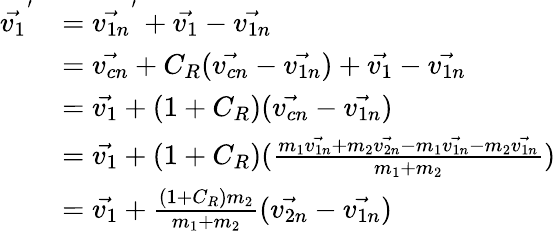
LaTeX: \begin{array}{rl}{\vec{v_{1}}^{'}}&{=\vec{v_{1n}}^{'}+\vec{v_{1}}-\vec{v_{1n}}}\\ &{=\vec{v_{cn}}+C_{R}(\vec{v_{cn}}-\vec{v_{1n}})+\vec{v_{1}}-\vec{v_{1n}}}\\ &{=\vec{v_{1}}+(1+C_{R})(\vec{v_{cn}}-\vec{v_{1n}})}\\ &{=\vec{v_{1}}+(1+C_{R})(\frac{m_{1}\vec{v_{1n}}+m_{2}\vec{v_{2n}}-m_{1}\vec{v_{1n}}-m_{2}\vec{v_{1n}}}{m_{1}+m_{2}})}\\ &{=\vec{v_{1}}+\frac{(1+C_{R})m_{2}}{m_{1}+m_{2}}(\vec{v_{2n}}-\vec{v_{1n}})}\end{array}